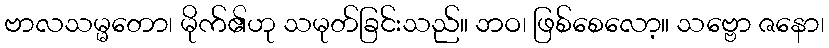
ဗာလသမ္မတော၊ မိုက်၏ဟု သမုတ်ခြင်းသည်။ ဘဝ၊ ဖြစ်စေလော့။ သဗ္ဗော ဇနော၊